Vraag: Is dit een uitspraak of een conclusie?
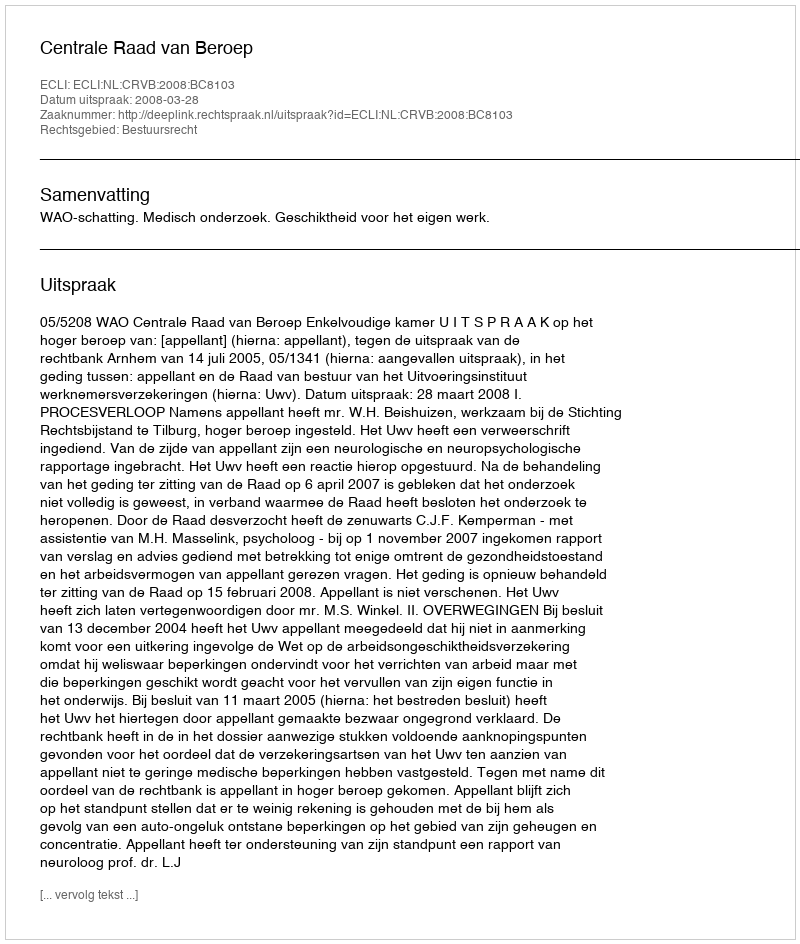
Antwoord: Uitspraak